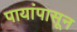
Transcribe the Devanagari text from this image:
पायांपासून